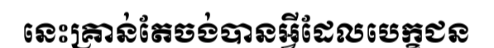
នេះគ្រាន់តែចង់បានអ្វីដែលបេក្ខជន